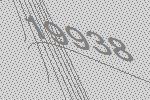
19938